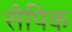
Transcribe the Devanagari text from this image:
सैपिक